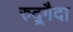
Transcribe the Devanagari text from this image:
रुद्र्गैदा